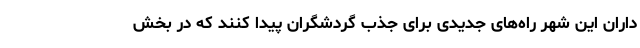
‌داران این شهر راه‌های جدیدی برای جذب گردشگران پیدا کنند که در بخش